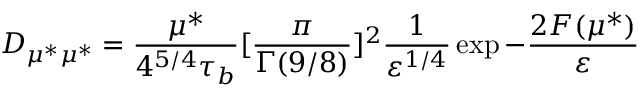
D _ { \mu ^ { * } \mu ^ { * } } = \frac { \mu ^ { * } } { 4 ^ { 5 / 4 } \tau _ { b } } \lbrack \frac { \pi } { \Gamma ( 9 / 8 ) } \rbrack ^ { 2 } \frac { 1 } { \varepsilon ^ { 1 / 4 } } \exp - \frac { 2 F ( \mu ^ { * } ) } { \varepsilon }